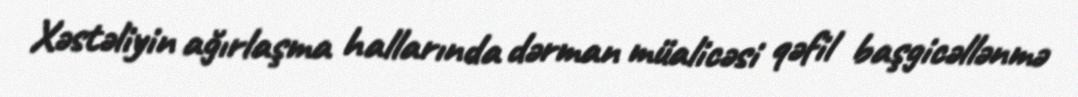
Xəstəliyin ağırlaşma hallarında dərman müalicəsi qəfil başgicəllənmə